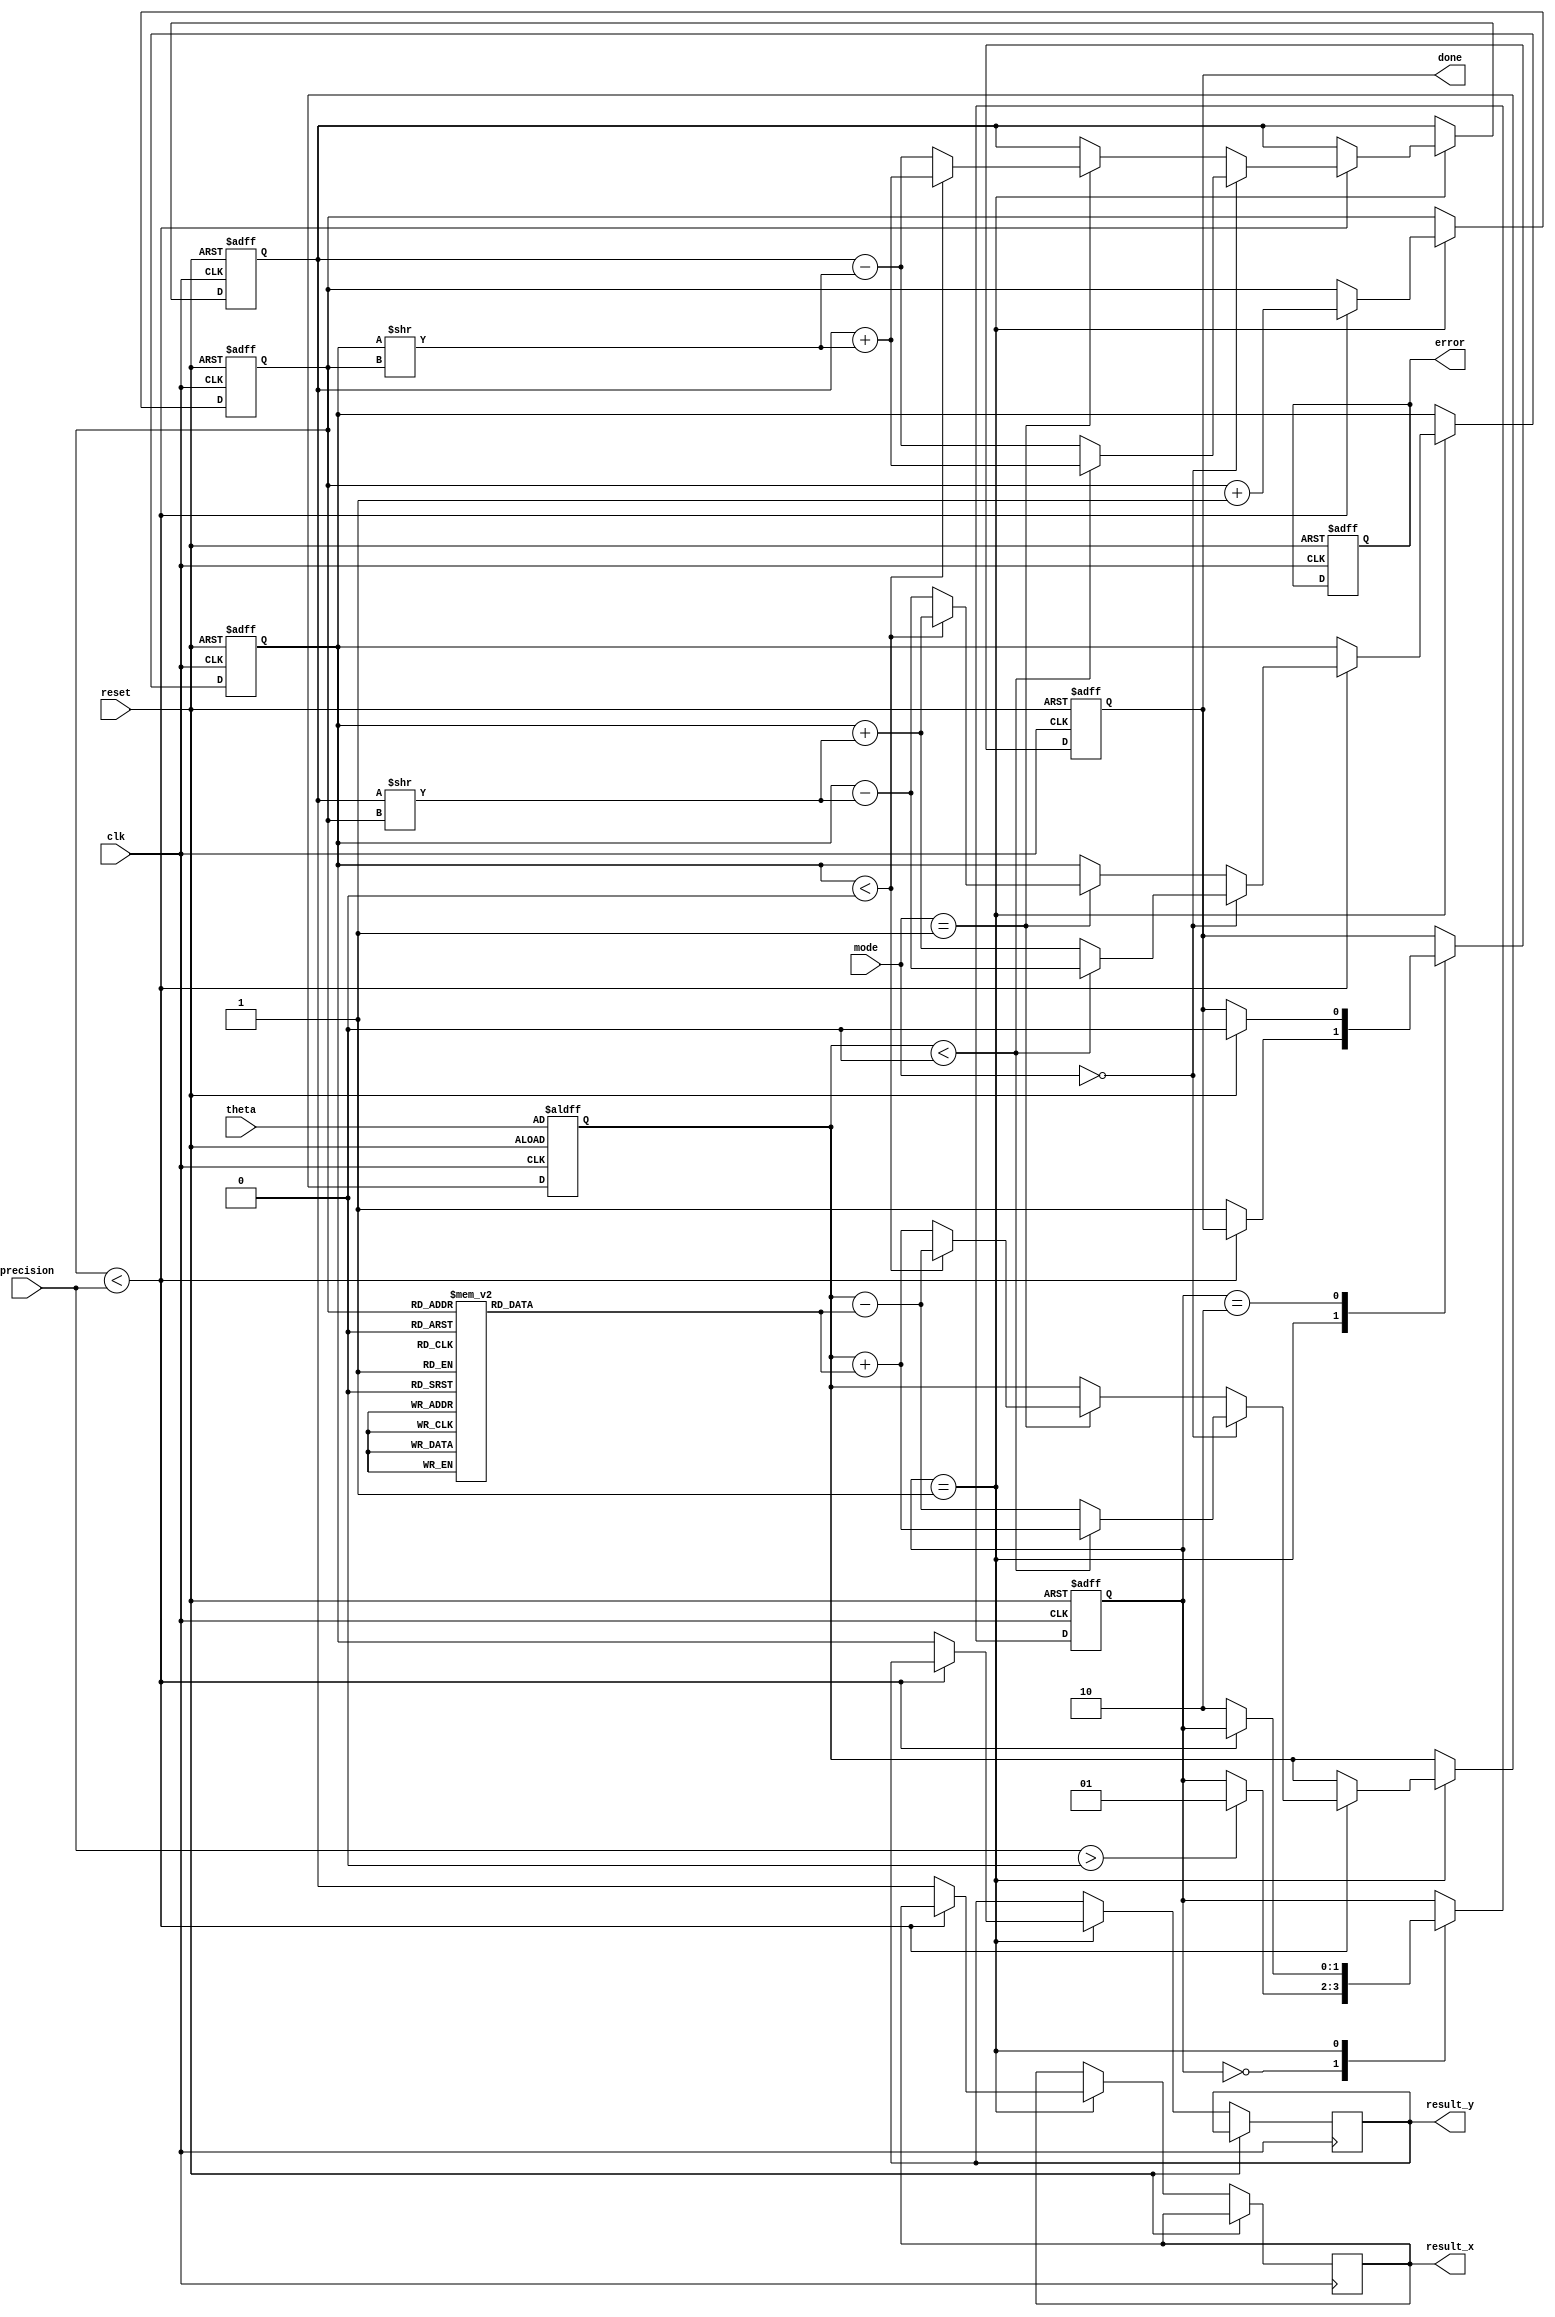
module adaptive_cordic (
    input wire clk,
    input wire reset,
    input wire [31:0] theta, // Angle in fixed-point representation
    input wire [1:0] mode,   // 0: rotation, 1: vectoring
    input wire [3:0] precision, // Number of iterations (0-15)
    output reg [31:0] result_x, // Result X coordinate
    output reg [31:0] result_y, // Result Y coordinate
    output reg done,          // Operation completion flag
    output reg error          // Error flag
);

    // CORDIC Constants
    reg [31:0] atan_table [0:15]; // Lookup table for arctangent values
    initial begin
        // Pre-computed arctangent values (in fixed-point format)
        atan_table[0] = 32'h00000000; // atan(2^0)
        atan_table[1] = 32'h3F19999A; // atan(2^-1)
        atan_table[2] = 32'h3E4CCCCD; // atan(2^-2)
        atan_table[3] = 32'h3D9A3D70; // atan(2^-3)
        atan_table[4] = 32'h3D3D70A3; // atan(2^-4)
        atan_table[5] = 32'h3C9A3D70; // atan(2^-5)
        atan_table[6] = 32'h3C19999A; // atan(2^-6)
        atan_table[7] = 32'h3B6DB6DB; // atan(2^-7)
        atan_table[8] = 32'h3B0B0B0B; // atan(2^-8)
        atan_table[9] = 32'h3A3D70A3; // atan(2^-9)
        atan_table[10] = 32'h39A3D70A; // atan(2^-10)
        atan_table[11] = 32'h393D70A3; // atan(2^-11)
        atan_table[12] = 32'h38B6DB6D; // atan(2^-12)
        atan_table[13] = 32'h384B6DB6; // atan(2^-13)
        atan_table[14] = 32'h37D70A3D; // atan(2^-14)
        atan_table[15] = 32'h375B6DB6; // atan(2^-15)
    end

    // Internal registers
    reg [31:0] x, y, z; // x, y coordinates and angle
    reg [3:0] iter;     // Iteration counter
    reg [1:0] state;    // State for FSM

    // State machine states
    localparam IDLE = 2'b00;
    localparam CALC = 2'b01;
    localparam DONE = 2'b10;

    // Initial conditions
    always @(posedge clk or posedge reset) begin
        if (reset) begin
            x <= 32'h00010000; // Initial x = 1 (fixed-point)
            y <= 32'h00000000; // Initial y = 0
            z <= theta;        // Load angle
            iter <= 0;         // Reset iteration counter
            state <= IDLE;     // Set state to IDLE
            done <= 0;         // Clear done flag
            error <= 0;        // Clear error flag
        end else begin
            case (state)
                IDLE: begin
                    if (precision > 0) begin
                        state <= CALC; // Start calculation
                    end
                end

                CALC: begin
                    if (iter < precision) begin
                        // CORDIC iteration logic
                        if (mode == 2'b00) begin // Rotation mode
                            if (z < 0) begin
                                x <= x + (y >> iter);
                                y <= y - (x >> iter);
                                z <= z + atan_table[iter];
                            end else begin
                                x <= x - (y >> iter);
                                y <= y + (x >> iter);
                                z <= z - atan_table[iter];
                            end
                        end else if (mode == 2'b01) begin // Vectoring mode
                            if (y < 0) begin
                                x <= x + (y >> iter);
                                y <= y + (x >> iter);
                                z <= z - atan_table[iter];
                            end else begin
                                x <= x - (y >> iter);
                                y <= y - (x >> iter);
                                z <= z + atan_table[iter];
                            end
                        end
                        iter <= iter + 1; // Increment iteration counter
                    end else begin
                        // Finish calculations
                        result_x <= x;
                        result_y <= y;
                        done <= 1;
                        state <= DONE; // Move to DONE state
                    end
                end

                DONE: begin
                    // Wait for reset to clear done flag
                    if (reset) begin
                        done <= 0; // Reset done flag
                    end
                end
            endcase
        end
    end
endmodule